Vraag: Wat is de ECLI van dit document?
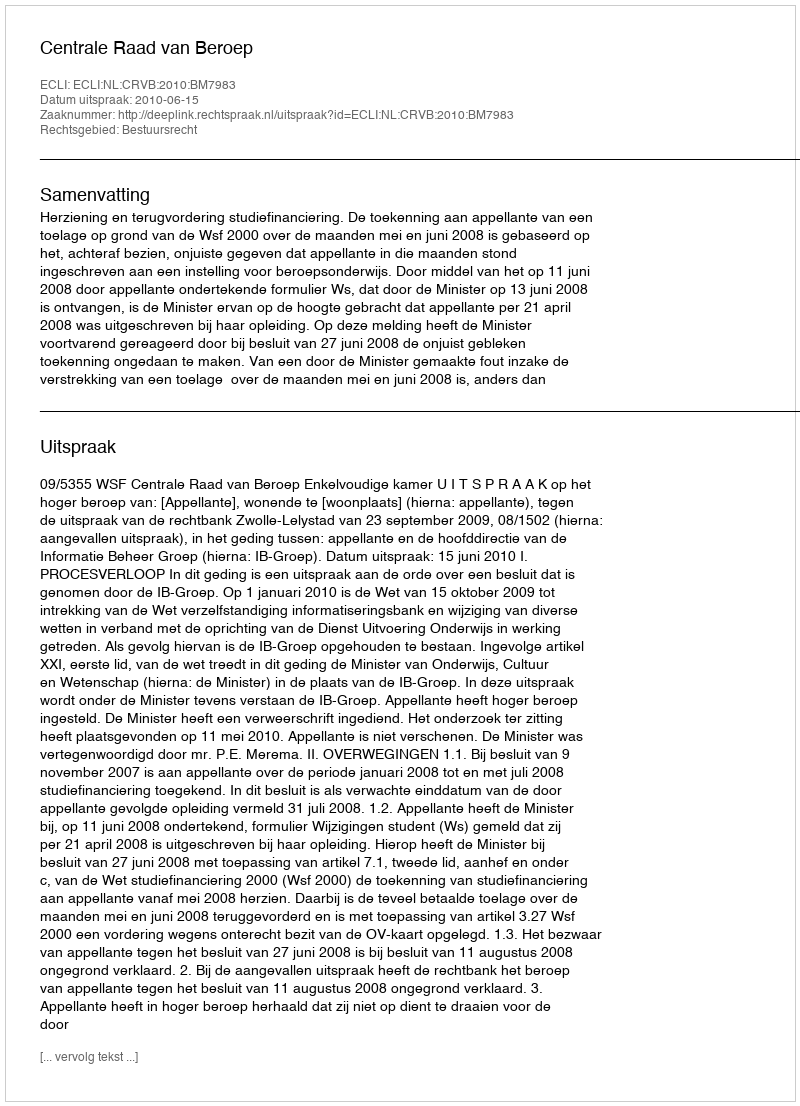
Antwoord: ECLI:NL:CRVB:2010:BM7983